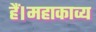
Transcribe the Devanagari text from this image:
हैं।महाकाव्य